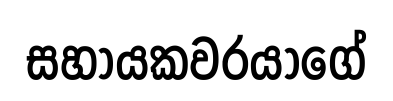
සහායකවරයාගේ